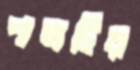
পাতাটির